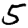
Digit: 5